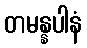
တမန္နပါနံ